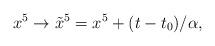
LaTeX: \begin{align*}x^5 \to \tilde{x}^5 =x^5 +(t-t_0)/\alpha ,\end{align*}